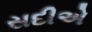
સદીએ